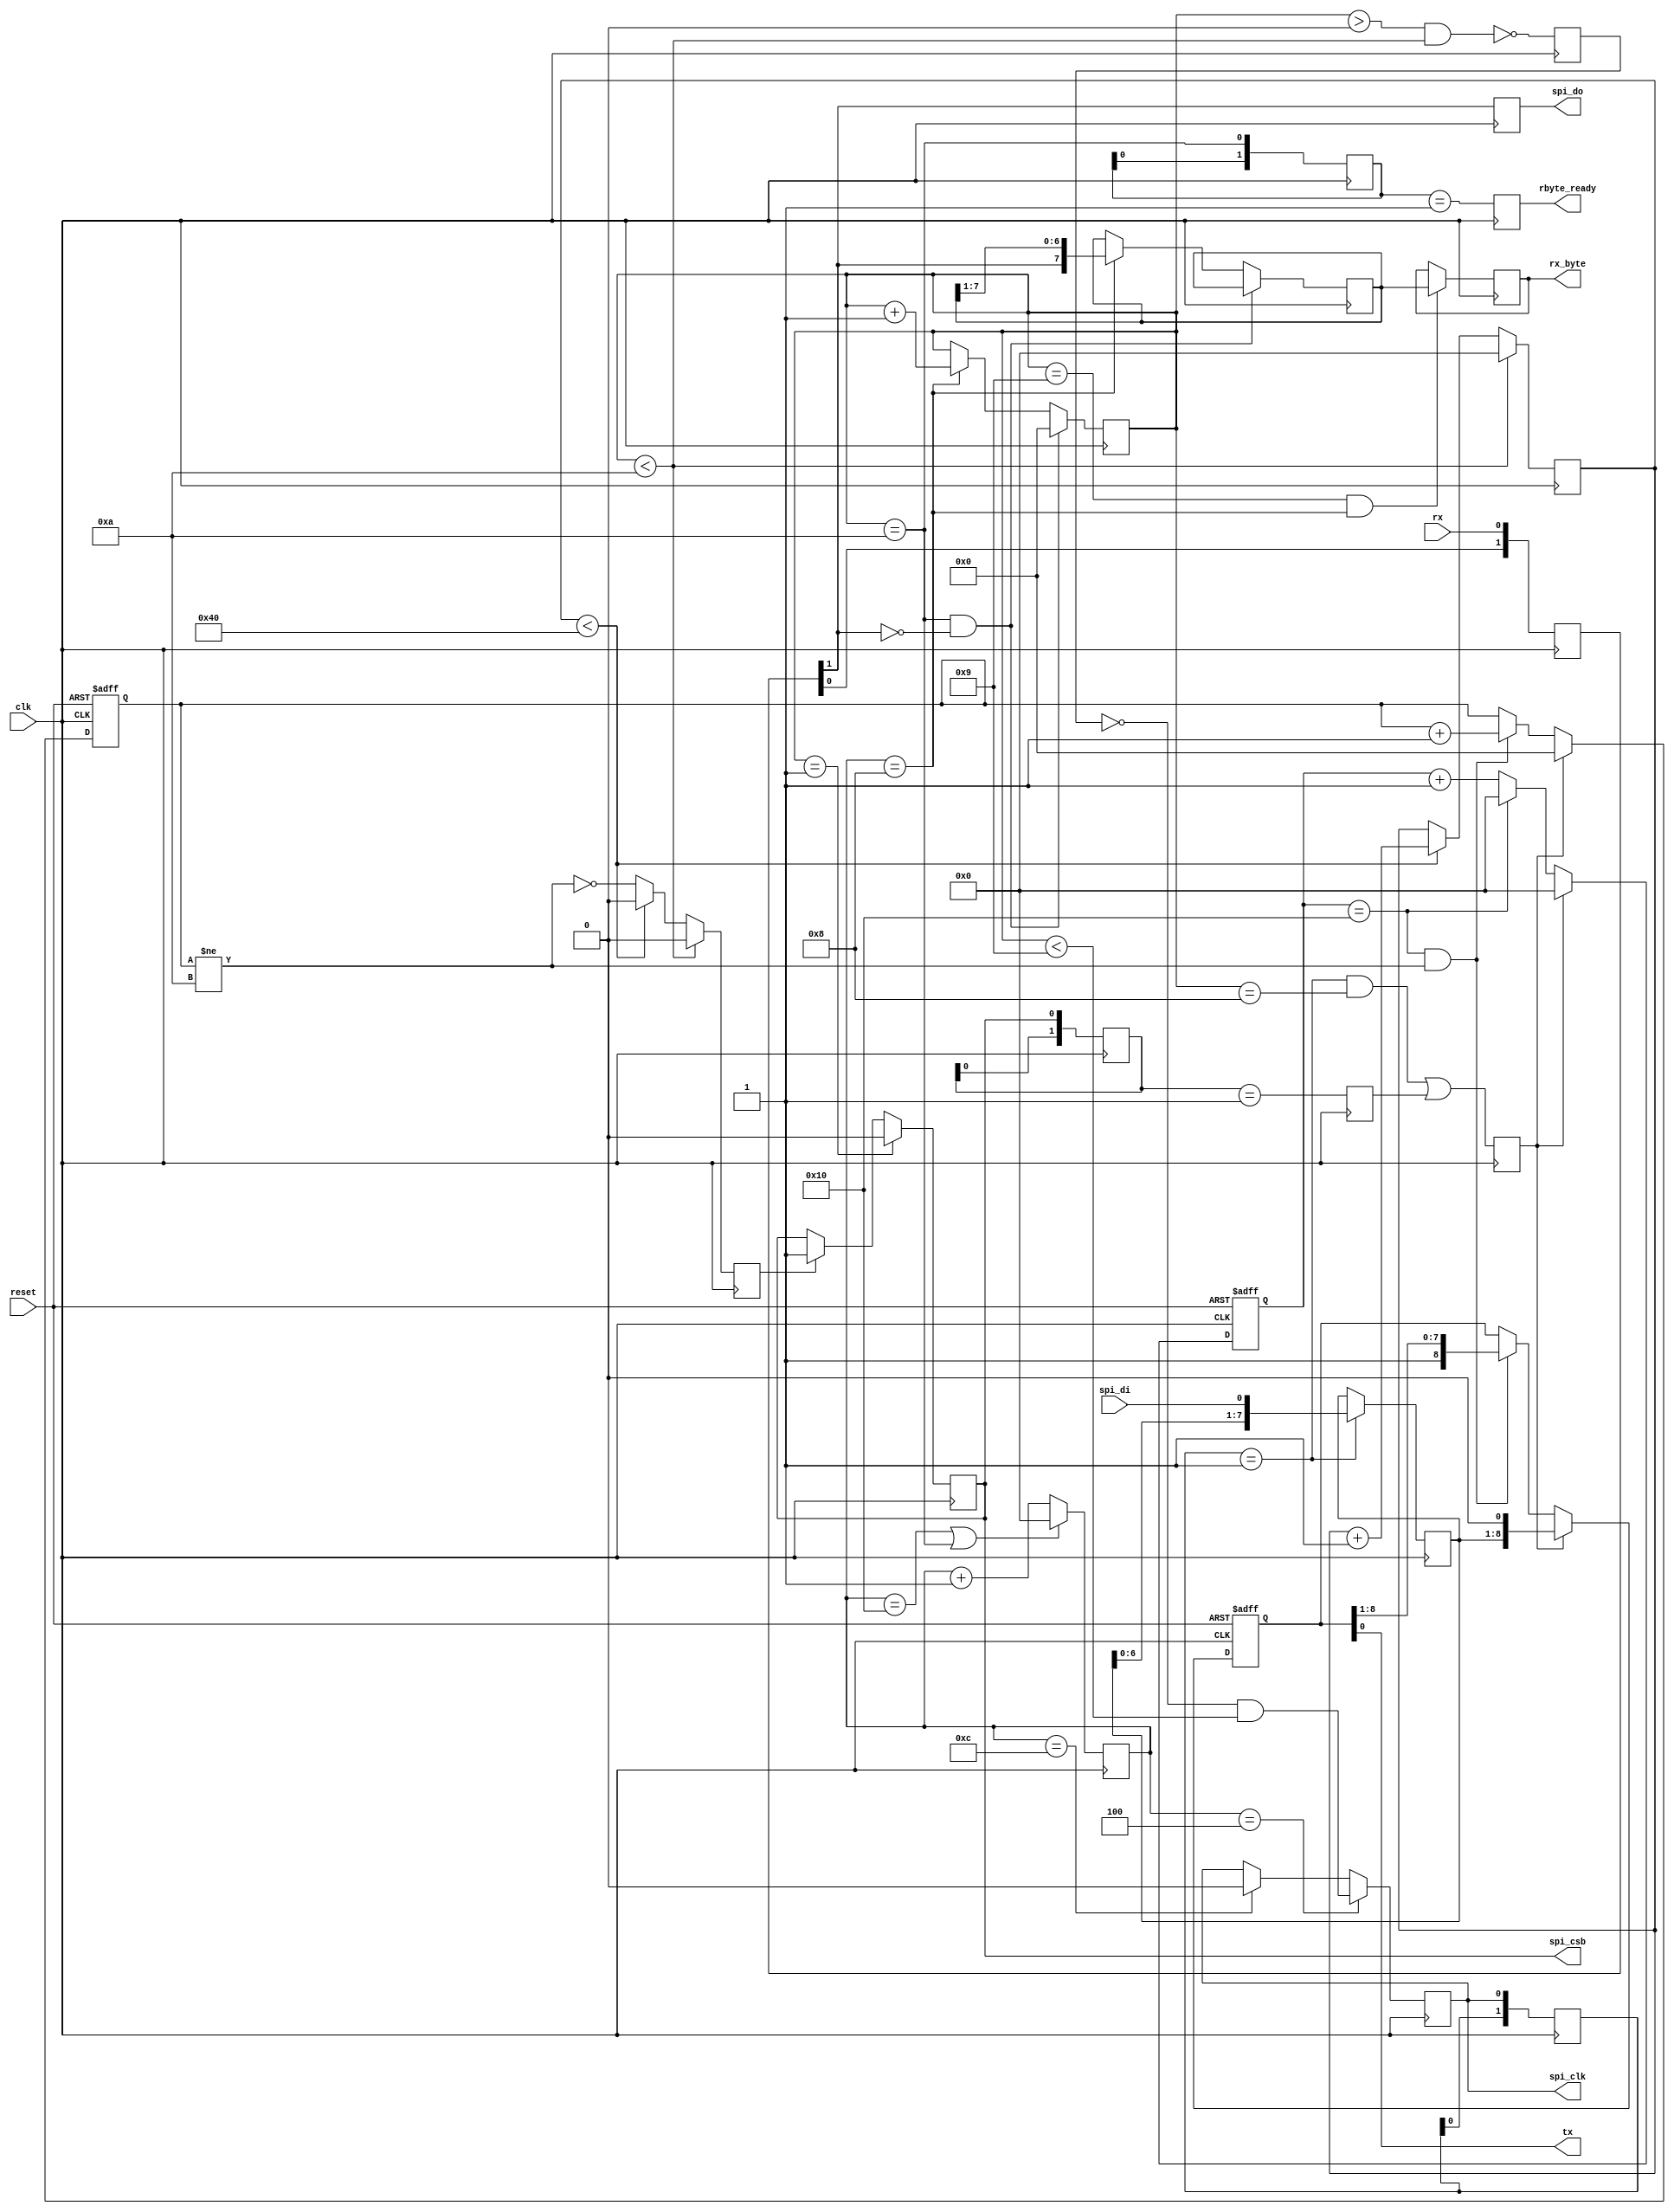
  
module serial2spi(
	input wire reset,
	input wire clk,	//100MHz
	
	//serial interface to PC
	input wire rx,
	output reg tx,
	
	output reg [7:0]rx_byte,
	output reg rbyte_ready,

	//spi interface to flash
	output reg spi_csb = 1'b1,
	output reg spi_clk = 1'b0,
	output reg spi_do,
	input  wire spi_di
	);
	
//parameter RCONST = 868; // 100000000Hz / 115200bps = 868
parameter RCONST = 16; // 6Mbit

wire [7:0]sbyte;
reg busy;

reg [1:0]shr;
always @(posedge clk)
	shr <= {shr[0],rx};
wire rxf; assign rxf = shr[1];

reg [15:0]cnt;
reg [15:0]cnt_end_csb;

reg [3:0]num_bits = 10;
assign onum_bits = num_bits;
wire num_bits10; assign num_bits10 = (num_bits==10);
reg endpkt=1'b0;
reg [1:0]csbfix=2'b00;
reg final_send_imp;

always @( posedge clk )
begin
	if(num_bits<10)
	begin
		cnt_end_csb <= 0;
		endpkt <= 1'b0;
	end
	else
	if(cnt_end_csb<RCONST*4)
	begin
		cnt_end_csb <= cnt_end_csb + 1'b1;
		endpkt <= 1'b0;
	end
	else
		endpkt <= 1'b1 & (~busy);
	csbfix <= {csbfix[0],spi_csb};
	final_send_imp <= (csbfix==2'b01);
end

always @( posedge clk )
begin
	if(cnt == RCONST || num_bits10)
		cnt <= 0;
	else
		cnt <= cnt + 1'b1;
end

reg [7:0]shift_reg = 0;
wire middle;  assign middle  = (cnt == RCONST/2);
reg csb = 1'b1;

always @( posedge clk )
begin
	if(num_bits10 && rxf==1'b0)
		num_bits <= 0;
	else
	if(middle)
	begin
		num_bits <= num_bits + 1'b1;
		shift_reg <= {rxf,shift_reg[7:1]};
	end
	
	csb <= ~(num_bits>0 && num_bits<10);
	if(num_bits==1 )
		spi_csb <= 1'b0;
	else
	if(endpkt)
		spi_csb <= 1'b1;
	
	if(cnt == RCONST/4)
		spi_clk <= 1'b1 & (~csb) & (num_bits<9);
	else
	if(cnt == RCONST*3/4)
		spi_clk <= 1'b0;
	spi_do <= rxf;
end

//catch spi data
reg [1:0]spi_clk_r;
reg [7:0]spi_data;
reg send_imp = 1'b0;
always @( posedge clk )
begin
	spi_clk_r <= {spi_clk_r[0],spi_clk};
	send_imp <= (spi_clk_r==2'b01)&(num_bits==8) | final_send_imp;
	if(spi_clk_r==2'b01)
		spi_data <= { spi_data[6:0],spi_di };
end
assign sbyte = spi_data;

always @( posedge clk )
	if(num_bits==9 && middle)
		rx_byte <= shift_reg[7:0];

reg [1:0]flag = 0;
always @(posedge clk )
	flag <= {flag[0],num_bits10};

always @( posedge clk )
	rbyte_ready <= (flag==2'b01);

reg [8:0]send_reg;
reg [3:0]send_num;
reg [15:0]send_cnt;

wire send_time; assign send_time = send_cnt == RCONST;

always @(posedge clk or posedge reset)
begin
	if(reset)
	begin
		send_reg <= 9'h1FF;
		send_num <= 10;
		send_cnt <= 0;
	end
	else
	begin
		if(send_imp)
			send_cnt <= 0;
		else
			if(send_time)
				send_cnt <= 0;
			else
				send_cnt <= send_cnt + 1'b1;
		
		if(send_imp)
		begin
			send_reg <= {sbyte,1'b0};
			send_num <= 0;
		end
		else
		if(send_time && send_num!=10)
		begin
			send_reg <= {1'b1,send_reg[8:1]};
			send_num <= send_num + 1'b1;
		end
	end
end

always @*
begin
	busy = send_num!=10;
	tx = send_reg[0];
end
	
endmodule